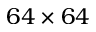
6 4 \times 6 4